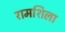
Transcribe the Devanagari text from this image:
रामशिला